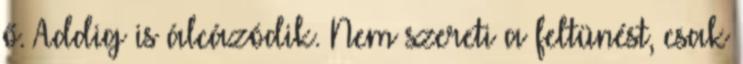
ő. Addig is álcázódik. Nem szereti a feltünést, csak